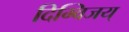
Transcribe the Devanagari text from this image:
दिग्विजय्